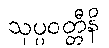
သုပ္ပဝတ္တီနိ